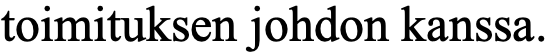
toimituksen johdon kanssa.